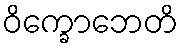
ဝိက္ခောဘေတိ